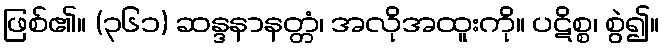
ဖြစ်၏။ (၃၆၁) ဆန္ဒနာနတ္တံ၊ အလိုအထူးကို။ ပဋိစ္စ၊ စွဲ၍။